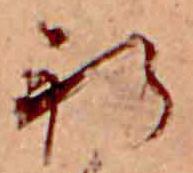
祈